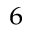
^ 6